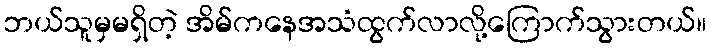
ဘယ်သူမှမရှိတဲ့ အိမ်ကနေအသံထွက်လာလို့ကြောက်သွားတယ်။